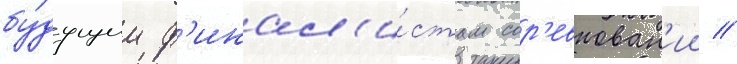
бу́дущим ф'инал'и́стам сор'евнован'ии //